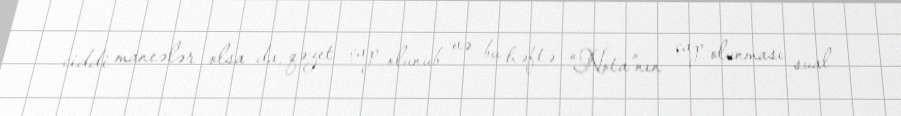
ciddi maneələr olsa da, qəzet çap olunub və bu həftə “Nota”nın çap olunması sual